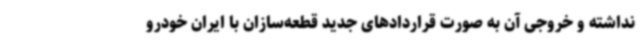
نداشته و خروجی آن به صورت قراردادهای جدید قطعه‌سازان با ایران خودرو